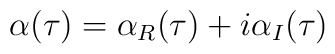
\:\alpha (\tau ) = \alpha _{R}(\tau ) + i\alpha _{I}(\tau )\: